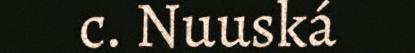
c. Nuuská